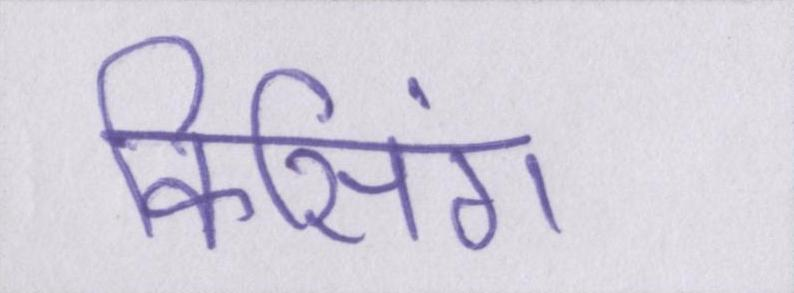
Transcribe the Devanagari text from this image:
किसिंग